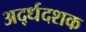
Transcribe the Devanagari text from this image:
अर्द्धदशक